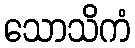
သောသိကံ